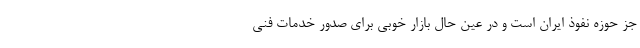
جز حوزه نفوذ ایران است و در عین حال بازار خوبی برای صدور خدمات فنی